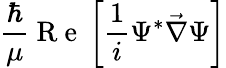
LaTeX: \frac{\hbar}{\mu}\mathrm{~R~e~}\left[\frac{1}{i}\Psi^{*}\vec{\nabla}\Psi\right]